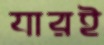
যারই